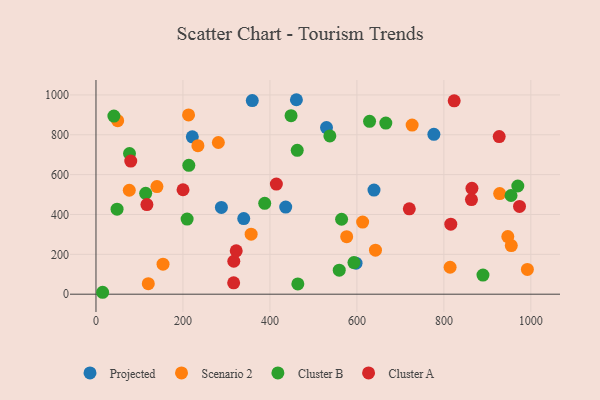
{"axis": {"x": "Distance", "y": "Profit"}, "legend": ["Cluster A", "Cluster B", "Projected", "Scenario 2"], "data": [{"x": "777.0", "y": 802.5, "type": "Projected"}, {"x": "221.5", "y": 789.9, "type": "Projected"}, {"x": "339.8", "y": 379.5, "type": "Projected"}, {"x": "288.4", "y": 435.3, "type": "Projected"}, {"x": "460.9", "y": 975.9, "type": "Projected"}, {"x": "598.0", "y": 155.5, "type": "Projected"}, {"x": "436.3", "y": 437.3, "type": "Projected"}, {"x": "639.3", "y": 522.6, "type": "Projected"}, {"x": "359.4", "y": 971.6, "type": "Projected"}, {"x": "530.1", "y": 836.2, "type": "Projected"}, {"x": "727.0", "y": 848.7, "type": "Scenario 2"}, {"x": "955.0", "y": 244.2, "type": "Scenario 2"}, {"x": "928.3", "y": 504.8, "type": "Scenario 2"}, {"x": "76.6", "y": 521.5, "type": "Scenario 2"}, {"x": "154.2", "y": 150.8, "type": "Scenario 2"}, {"x": "281.4", "y": 761.2, "type": "Scenario 2"}, {"x": "814.3", "y": 135.1, "type": "Scenario 2"}, {"x": "234.4", "y": 745.5, "type": "Scenario 2"}, {"x": "947.0", "y": 289.1, "type": "Scenario 2"}, {"x": "120.3", "y": 52.8, "type": "Scenario 2"}, {"x": "356.8", "y": 301.0, "type": "Scenario 2"}, {"x": "992.0", "y": 124.5, "type": "Scenario 2"}, {"x": "613.2", "y": 361.7, "type": "Scenario 2"}, {"x": "576.5", "y": 288.7, "type": "Scenario 2"}, {"x": "212.9", "y": 899.6, "type": "Scenario 2"}, {"x": "49.9", "y": 870.7, "type": "Scenario 2"}, {"x": "642.7", "y": 220.9, "type": "Scenario 2"}, {"x": "140.2", "y": 540.1, "type": "Scenario 2"}, {"x": "629.1", "y": 867.7, "type": "Cluster B"}, {"x": "462.8", "y": 721.9, "type": "Cluster B"}, {"x": "15.3", "y": 9.6, "type": "Cluster B"}, {"x": "564.8", "y": 376.0, "type": "Cluster B"}, {"x": "970.0", "y": 543.0, "type": "Cluster B"}, {"x": "48.5", "y": 426.4, "type": "Cluster B"}, {"x": "537.8", "y": 794.2, "type": "Cluster B"}, {"x": "77.1", "y": 706.0, "type": "Cluster B"}, {"x": "889.9", "y": 96.1, "type": "Cluster B"}, {"x": "559.4", "y": 120.6, "type": "Cluster B"}, {"x": "213.5", "y": 646.5, "type": "Cluster B"}, {"x": "114.3", "y": 506.2, "type": "Cluster B"}, {"x": "41.2", "y": 893.7, "type": "Cluster B"}, {"x": "209.6", "y": 376.8, "type": "Cluster B"}, {"x": "388.0", "y": 456.0, "type": "Cluster B"}, {"x": "593.2", "y": 158.4, "type": "Cluster B"}, {"x": "464.2", "y": 51.5, "type": "Cluster B"}, {"x": "666.5", "y": 858.6, "type": "Cluster B"}, {"x": "448.6", "y": 896.0, "type": "Cluster B"}, {"x": "954.4", "y": 495.2, "type": "Cluster B"}, {"x": "720.5", "y": 428.6, "type": "Cluster A"}, {"x": "414.8", "y": 552.7, "type": "Cluster A"}, {"x": "973.9", "y": 440.3, "type": "Cluster A"}, {"x": "316.6", "y": 57.0, "type": "Cluster A"}, {"x": "316.9", "y": 165.2, "type": "Cluster A"}, {"x": "200.2", "y": 524.2, "type": "Cluster A"}, {"x": "864.5", "y": 531.2, "type": "Cluster A"}, {"x": "80.0", "y": 668.1, "type": "Cluster A"}, {"x": "863.4", "y": 475.0, "type": "Cluster A"}, {"x": "322.5", "y": 217.5, "type": "Cluster A"}, {"x": "823.7", "y": 970.5, "type": "Cluster A"}, {"x": "815.9", "y": 351.4, "type": "Cluster A"}, {"x": "927.2", "y": 791.2, "type": "Cluster A"}, {"x": "117.1", "y": 449.9, "type": "Cluster A"}]}